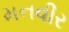
મનવીર